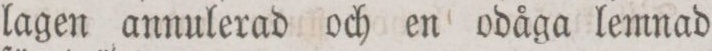
lagen annulerad och en odåga lemnad